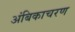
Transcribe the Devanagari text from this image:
अंबिकाचरण